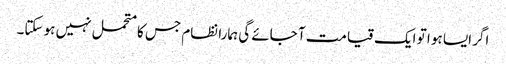
اگر ایسا ہو ا تو ایک قیامت آ جائے گی ہمارا نظام جس کامتحمل نہیں ہو سکتا۔